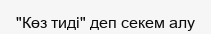
"Көз тиді" деп секем алу